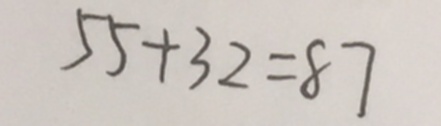
5 5 + 3 2 = 8 7